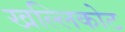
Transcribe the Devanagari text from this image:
खल्लिकोट